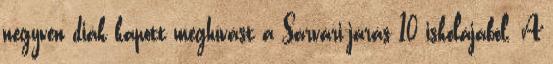
negyven diák kapott meghívást a Sárvári-járás 10 iskolájából. A